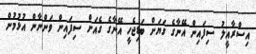
އިސްރާއީލު ސިފައިން އޭނާގެ ގަޔަށް ބަޑިޖެހީ އޭނާގެ ގެއަށް ސިފައިން ވަންނާން އުޅުމުން